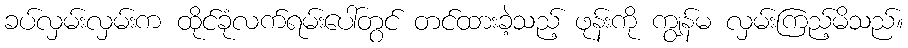
ခပ်လှမ်းလှမ်းက ထိုင်ခုံလက်ရမ်းပေါ်တွင် တင်ထားခဲ့သည့် ဖုန်းကို ကျွန်မ လှမ်းကြည့်မိသည်။